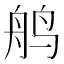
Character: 鸼